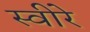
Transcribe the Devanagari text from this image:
स्वीरे